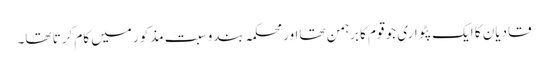
قادیان کا ایک پٹواری جو قوم کا برہمن تھااور محکمہ بندوسبت مذکور میں کام کرتا تھا۔